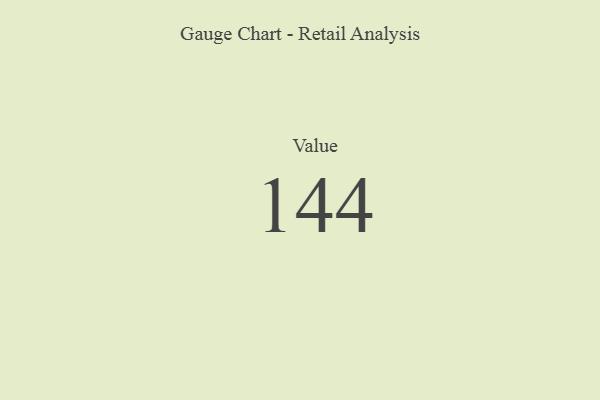
{"axis": {"x": "Metric", "y": "Value"}, "legend": [""], "data": [{"x": "Value", "y": 144, "type": ""}]}